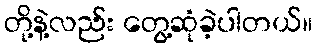
တို့နဲ့လည်း တွေ့ဆုံခဲ့ပါတယ်။